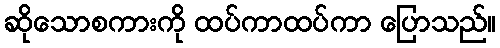
ဆိုသောစကားကို ထပ်ကာထပ်ကာ ပြောသည်။